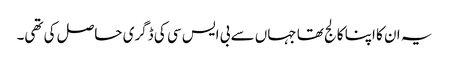
یہ ان کا اپنا کالج تھا جہاں سے بی ایس سی کی ڈگری حاصل کی تھی۔